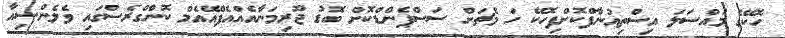
ހޮކޭގެ މައްސަލަ އިސްތިއުނާފްކޮށްފިހޮކޭ ހަ މެޗަށް ސަސްޕެންޑްކޮށް ބޮޑު ޖޫރިމަނާއެއްއެފްއޭއެމް ކޮންގްރެސްގައި ވެލެންސިއާ